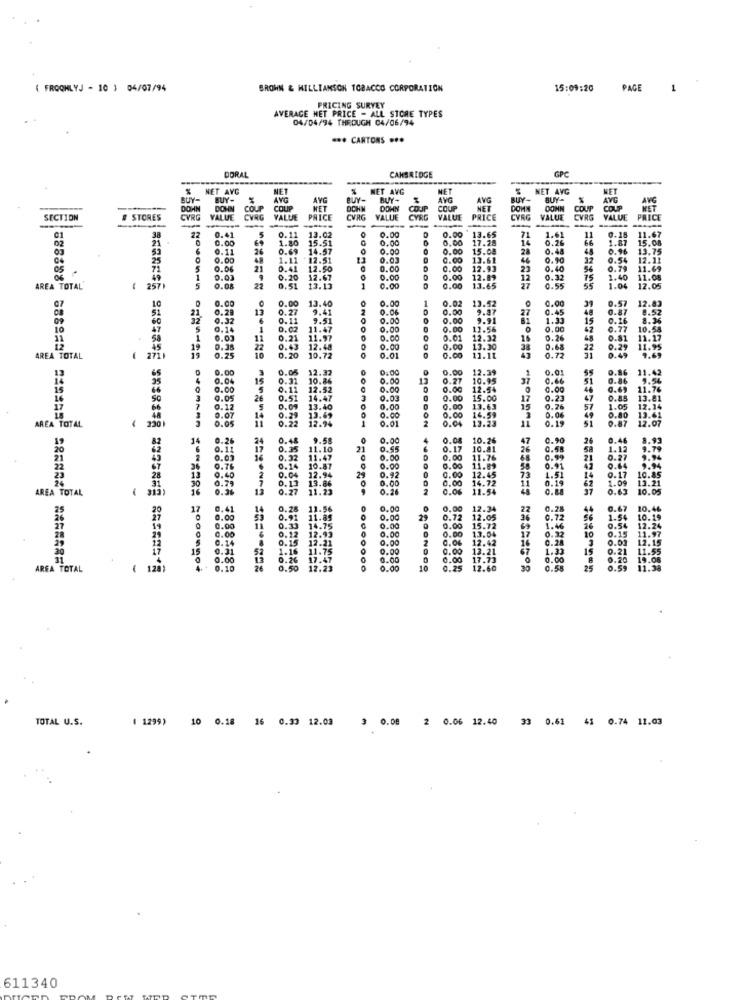
( FROONLYJ - 10 ) 04/07/94
BROWN & WILLIAMSON TOBACCO CORPORATION
15:09:20
PAGE
1
PRICING SURVEY
AVERAGE HET PRICE - ALL STORE TYPES
04/04/94 THROUGH 04/06/94
*** CARTONS .**
DORAL
CAMBRIDGE
GPC
NET AVG
NET
NET AVG
MET
NET AVG
WET
BUY-
BUY-
AVG
AYG
BUY-
BUY-
AVG
AVG
BUY-
AVG
DOHN
DOWN
COUP
COUP
HET
DOHN
COUP
COUP
NET
DOWN
DOMN
COUP
COUP
MET
SECTION
STORES
CYRG
VALUE
CVRG
VALUE
PRICE
CVRG
VALUE
VALUE
PRICE
CYRG
VALUE
CVRG
VALUE
PRICE
-
-----
0.41
0.11
13.02
0.00
0.00 13.65
1.61
0.18
11.67
21
38
0.00
5
1.80
15.51
0.00
0.00
17.28
14
71
0.26
66
1.87
15.08
02
0.11
26
0.69
14.57
0.00
0.00
15.08
28
0.48
0.96
13.75
25
0.00
1.11
12.51
0.03
0.00
13.61
46
0.90
32
0.54
12.11
71
5
0.06
21
0.41
12.50
0.00
0.00
12.93
23
0.40
56
0.79
11.69
0.00
0.20
12.67
0.00
0.00
12.89
12
37
0.32
75
1.40
11.08
AREA TOTAL
257
5
05054n
0.08
22
0.51
13.13
1
0.00
0.00
13.65
0.55
55
1.04
12.05
10
0.00
13.40
0.00
1
0.02
13.52
0.00
0.57
07
0.28
13
0.27
9.41
2
0.06
0.00
9.87
27
0.45
48
0.87
8.52
12.83
60
21
32
0.32
0.11
9.51
0.00
0.00
9.91
81
1.33
15
0.16
8.36
10
47
5
0.14
1
0.02
11.47
0
0.00
0.00
12.56
0.00
42
0.77
10.58
0.03
0.21
11.97
0.00
0.01
12.32
16
0.26
48
0.81
11.17
0.38
22
0.43
0.30
12.48
0.00
0.00
13.30
0.68
22
9.29
0.49
11.95
AREA TOTAL
( 271)
0.25
10.72
0.01
0.00
11.11
0.72
31
13
65
0.00
0.05
12.32
0.00
0.00
12.39
0.01
55
0.86
11.42
0.04
0.31
10.86
0.00
13
0.27
10.95
37
0.66
0.86
0.00
0.11
12.52
0.00
0.00
12.54
0.00
46
0.05
26
0.51
14.47
3
0.03
NO
0.00
15.00
17
0.23
47
0.85
0.12
5
0.29
0.09
13.40
0.00
0.00
0.00
13.63
14.59
15
0.76
57
1.05
0.05
0.07
14
0.22
13.69
12.94
1
0.00
0.01
0.04
13.23
11
0.06
0.19
Si
0.87
0.80
2.07
AREA TOTAL
330
14
0.26
2
0.48
9.58
0
0.00
4
0.08
10.26
47
0.90
26
0.4
0.11
17
11.10
21
0.55
0.17 10.81
26
0.58
1.12
0.03
16
0.5
11.47
0.00
0.00
11.76
48
0.99
21
0.2
36
0.76
10.87
24
0.00
0
0.00 11.89
0.00
58
0.91
42
0.79
0.40
2
7
13.86
0.92
8.00
0.00
14.72
12.45
73
11
1.51
0.19
14
AREA TOTAL
313
16
0.36
13
2.27
0.26
2
0.04
11.54
25
20
17
3.41
14
11.56
0.00
0.00
12.34
22
0.28
44
0.61
0.00
11.85
0.00
29
0.72
2.05
36
0.7
8.00
11
0.12 12.93
0
0.00
0.00
0.00
15.72
69
1.4
10
0.5
8.00
0.15
0.15 12.21
0.00
0.0
0.06
13.04
12.42
16
0.2
0.31
1.1
1.16 11.75
0.00
DONG
0.00 12.21
67
1.33
15
0.00
0.21
15
0.26 17.47
0.00
0.00
17.73
0.0
8
AREA TOTAL
1
12
orguage oromman congagy godonnot
26
0.00
10
25
TOTAL U.S.
3 0.08 2 0.06 12.40 33 0.61 43 0.74 11.03
( 1299) 10 0.18 16 0.33 12.03
611340